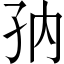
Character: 𱙸